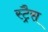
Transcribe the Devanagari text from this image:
स्ट्रैस